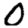
Digit: 0